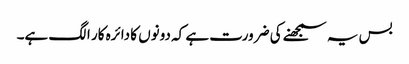
بس یہ سمجھنے کی ضرورت ہے کہ دونوں کا دائرہ کار الگ ہے۔